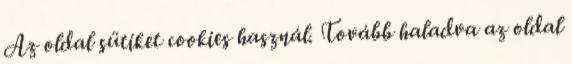
Az oldal sütiket cookies használ. Tovább haladva az oldal